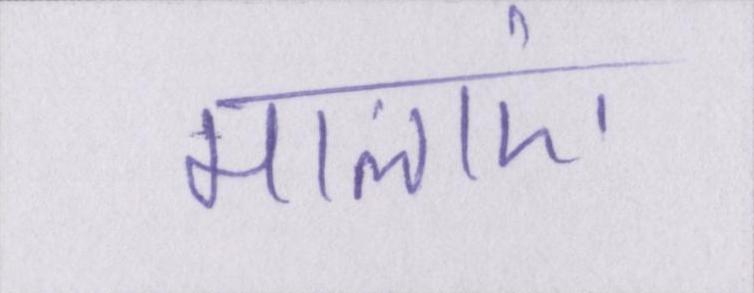
मालाएं